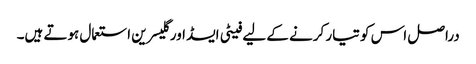
دراصل اس کو تیار کرنے کے لیے فیٹی ایسڈ اور گلیسرین استعمال ہوتے ہیں۔